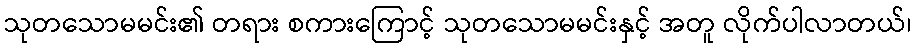
သုတသောမမင်း၏ တရား စကားကြောင့် သုတသောမမင်းနှင့် အတူ လိုက်ပါလာတယ်၊